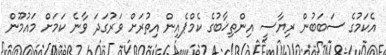
އެކަމުގެ ސަބަބުން ރިޔާސީ އިންތިޚާބުގެ ކެމްޕެއިން އިތުރަށް ވަރުގަދަ ވާނެ ކަމަށް މައުމޫން